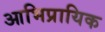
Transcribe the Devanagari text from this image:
आभिप्रायिक